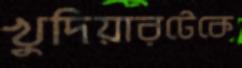
খুদিয়ারটেকে